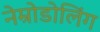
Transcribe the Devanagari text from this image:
नेम्रोडोलिंग